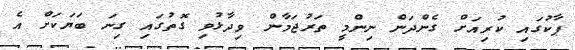
ޕާކުގައި ކުރިއަށް ގެންދަން ނިންމީ ތަރުޖަމާން ވިދާޅުވި ގޮތުގައި ގިނަ ބަޔަކަށް އެ